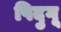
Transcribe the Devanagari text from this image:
पिदुगू